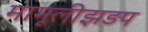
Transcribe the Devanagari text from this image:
मामूलीझड़प